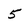
Character: 5